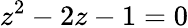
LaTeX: z^{2}-2z-1=0